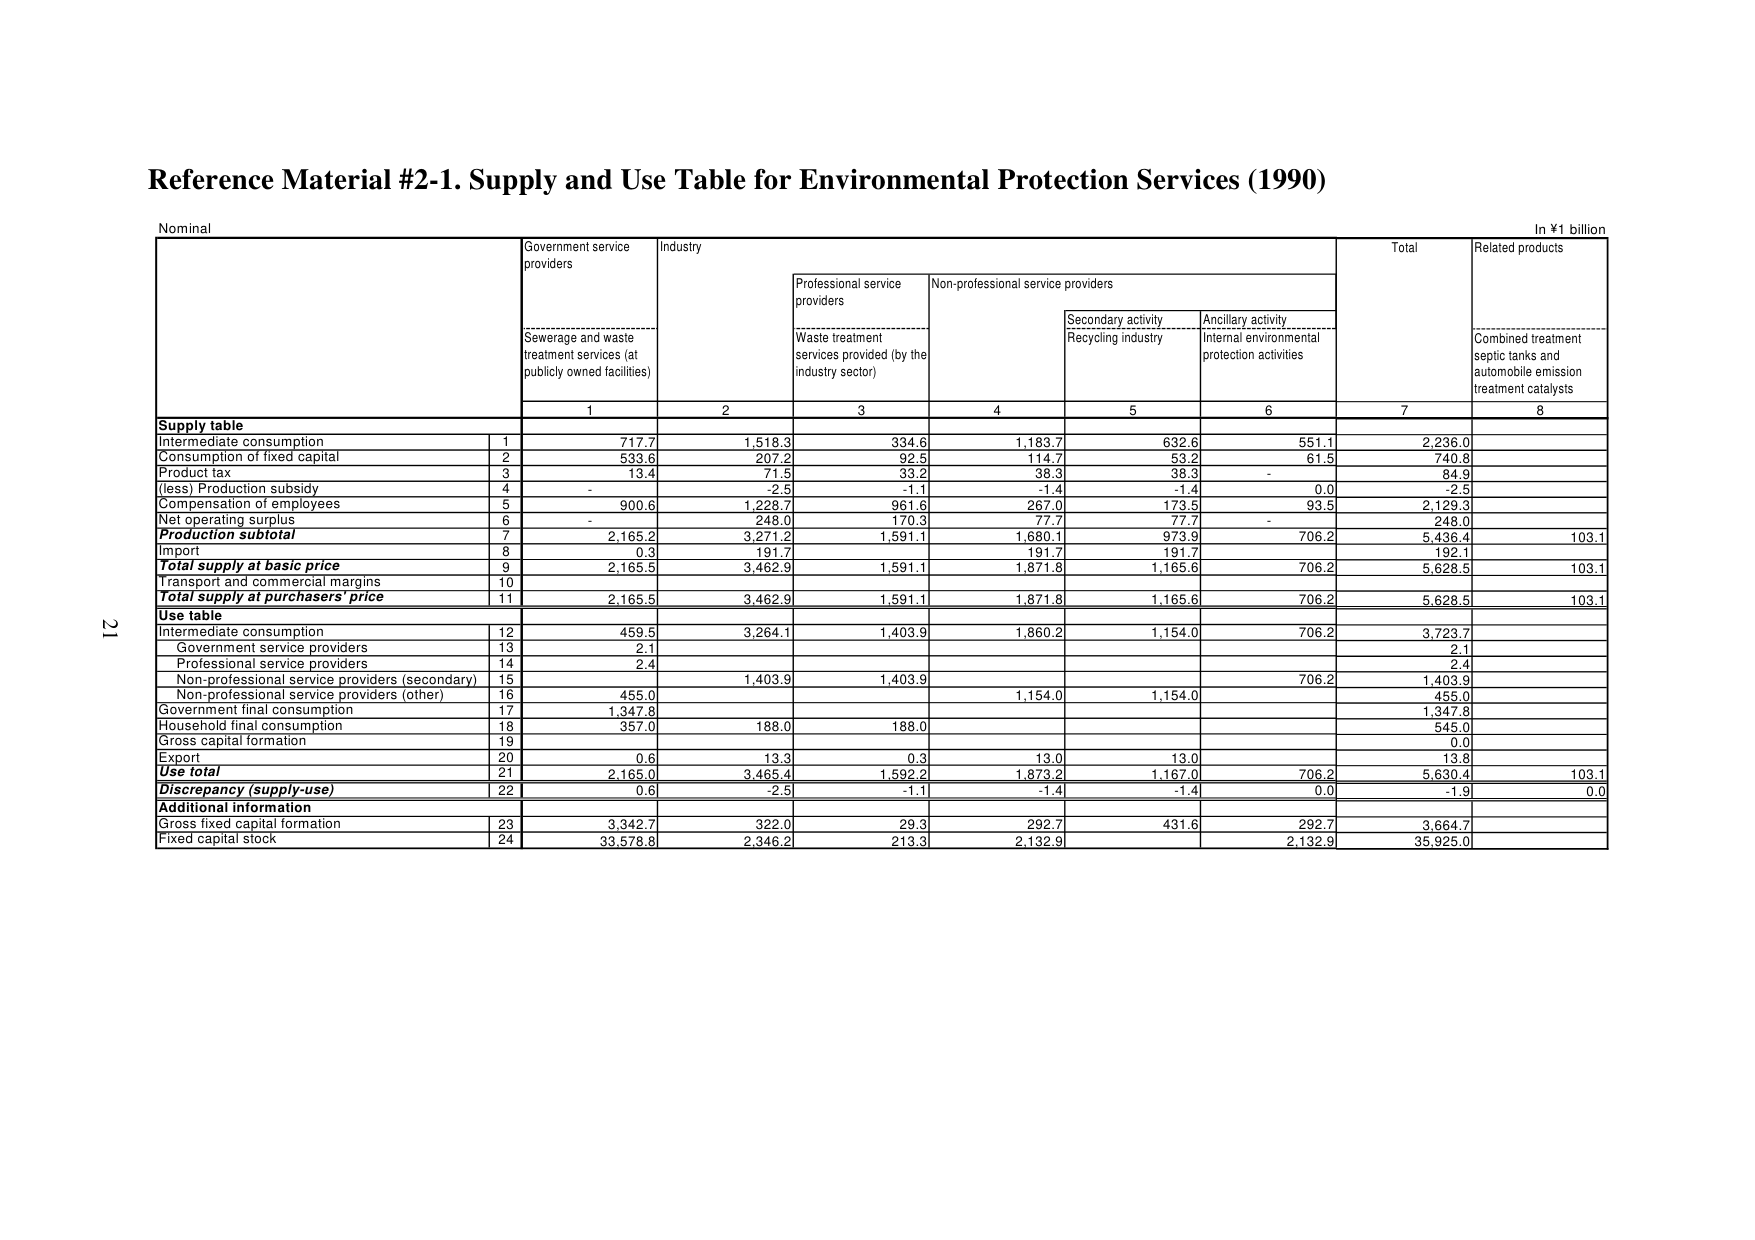
Reference Material #2-1. Supply and Use Table for Environmental Protection Services (1990)

Nominal

In ¥1 billion

Government service providers
Industry
Total
Related products

Sewerage and waste treatment services (at publicly owned facilities)
Professional service providers
Non-professional service providers
Secondary activity Recycling industry
Ancillary activity Internal environmental protection activities
Combined treatment septic tanks and automobile emission treatment catalysts

1
2
3
4
5
6
7
8

Supply table
Intermediate consumption
1
717.7
1,518.3
334.6
1,183.7
632.6
551.1
2,236.0
Consumption of fixed capital
2
533.6
207.2
92.5
114.7
53.2
61.5
740.8
Product tax
3
13.4
71.5
33.2
38.3
38.3
-
84.9
(less) Production subsidy
4
-
-2.5
-1.1
-1.4
-1.4
0.0
-2.5
Compensation of employees
5
900.6
1,228.7
961.6
267.0
173.5
93.5
2,129.3
Net operating surplus
6
-
248.0
170.3
77.7
77.7
-
248.0
Product subtotal
7
2,165.2
3,271.2
1,591.1
1,680.1
973.9
706.2
5,436.4
103.1
Import
8
0.3
191.7
191.7
191.7
192.1
Total supply at basic price
9
2,165.5
3,462.9
1,591.1
1,871.8
1,165.6
706.2
5,628.5
103.1
Transport and commercial margins
10
Total supply at purchasers' price
11
2,165.5
3,462.9
1,591.1
1,871.8
1,165.6
706.2
5,628.5
103.1

Use table
Intermediate consumption
12
459.5
3,264.1
1,403.9
1,860.2
1,154.0
706.2
3,723.7
Government service providers
13
2.1
2.1
Professional service providers
14
2.4
2.4
Non-professional service providers (secondary)
15
1,403.9
1,403.9
706.2
1,403.9
Non-professional service providers (other)
16
455.0
1,154.0
1,154.0
455.0
Government final consumption
17
1,347.8
1,347.8
Household final consumption
18
357.0
188.0
188.0
545.0
Gross capital formation
19
0.0
Export
20
0.6
13.3
0.3
13.0
13.0
13.8
Use total
21
2,165.0
3,465.4
1,592.2
1,873.2
1,167.0
706.2
5,630.4
103.1
Discrepancy (supply-use)
22
0.6
-2.5
-1.1
-1.4
-1.4
0.0
-1.9
0.0

Additional information
Gross fixed capital formation
23
3,342.7
322.0
29.3
292.7
431.6
292.7
3,664.7
Fixed capital stock
24
33,578.8
2,346.2
213.3
2,132.9
2,132.9
35,925.0

21